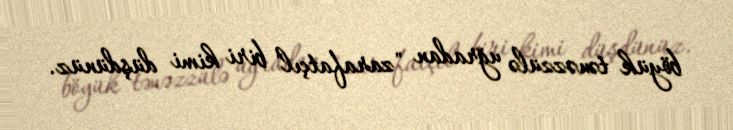
böyük tənəzzülə uğradan "zarafatçıl" biri kimi düşdünüz.